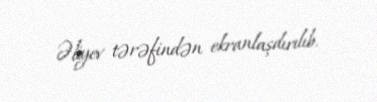
Əliyev tərəfindən ekranlaşdırılıb.